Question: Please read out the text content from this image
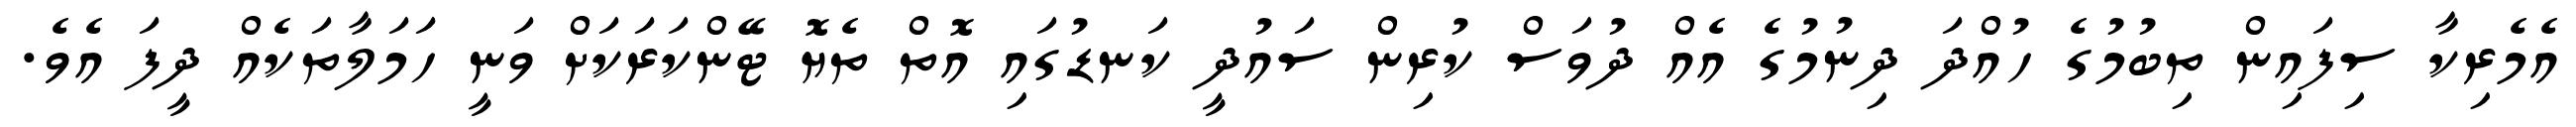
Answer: އެމެރިކާ ސިފައިން ތިބުމުގެ ހުއްދަ ދިނުމުގެ އެއް ދުވަސް ކުރިން ސައުދީ ކަނޑުގައި އޮތް ތެޔޮ ޓޭންކަރަކަށް ވަނީ ހަމަލާތަކެއް ދީފަ އެވެ.